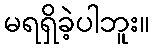
မရရှိခဲ့ပါဘူး။